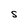
Character: S